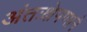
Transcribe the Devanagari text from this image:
अंतःक्षेपणाने